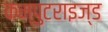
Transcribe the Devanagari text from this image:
कम्पुटराइज्ड